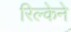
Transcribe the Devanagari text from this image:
रिल्केने